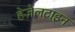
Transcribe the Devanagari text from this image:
हेज़ेलटाइन